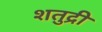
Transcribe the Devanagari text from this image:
शतुद्री